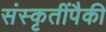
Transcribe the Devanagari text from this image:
संस्कृतींपैकी